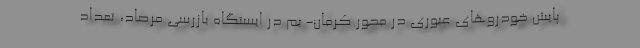
پایش خودروهای عبوری در محور کرمان- بم در ایستگاه بازرسی مرصاد، تعداد